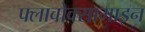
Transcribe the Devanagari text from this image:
फ्लावोक्सामाइन